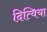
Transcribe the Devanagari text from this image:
दित्विया